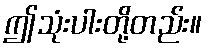
ဤသုံးပါးတို့တည်း။